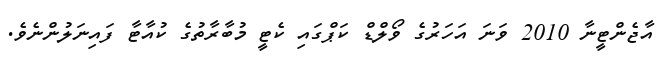
އާޖެންޓީނާ 2010 ވަނަ އަހަރުގެ ވޯލްޑް ކަޕްގައި ކެޓީ މުބާރާތުގެ ކުއާޓާ ފައިނަލުންނެވެ.